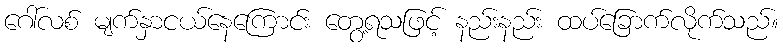
ဂေါ်လစ် မျက်နှာငယ်နေကြောင်း တွေ့ရသဖြင့် နည်းနည်း ထပ်ခြောက်လိုက်သည်။